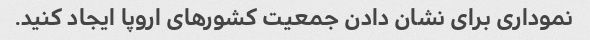
نموداری برای نشان دادن جمعیت کشورهای اروپا ایجاد کنید.